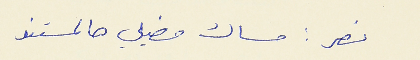
نصر : مساك مضيلي هالمستند